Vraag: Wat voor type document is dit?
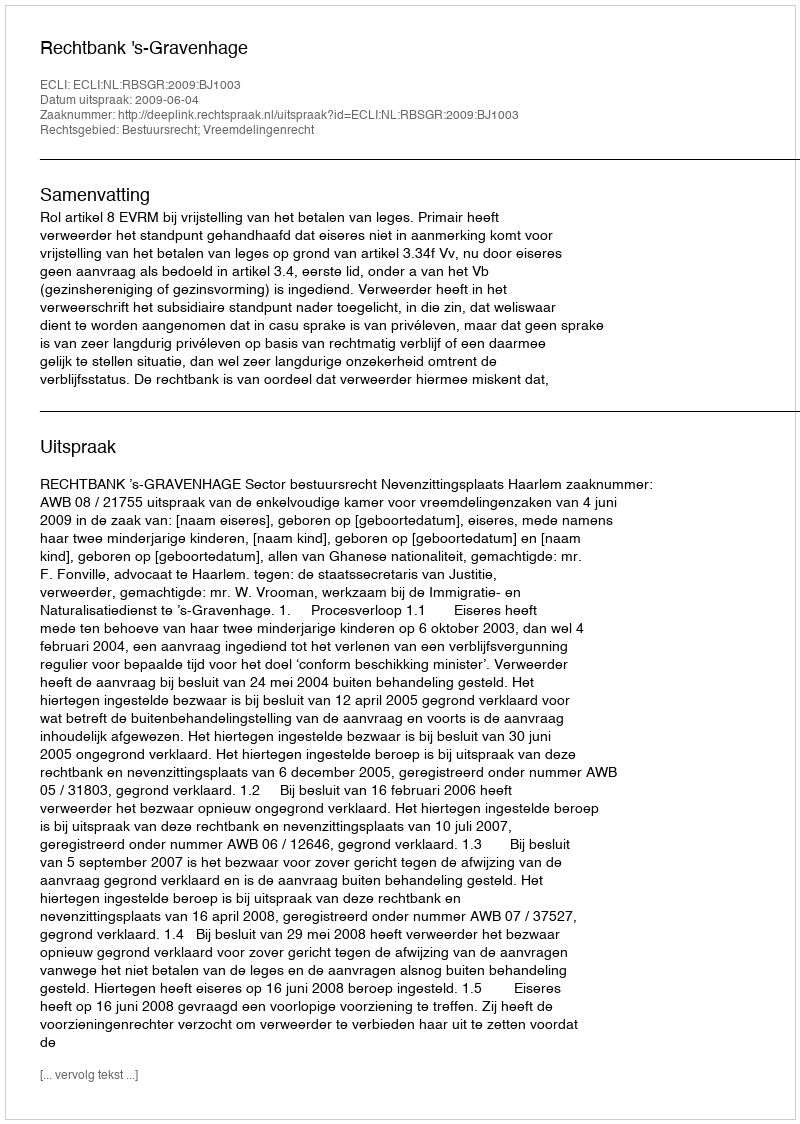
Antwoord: Uitspraak